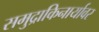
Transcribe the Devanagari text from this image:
समुद्राकिनार्यावर